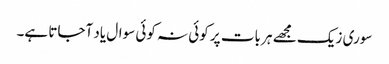
سوری زیک مجھے ہر بات پر کوئی نہ کوئی سوال یاد آجاتا ہے۔